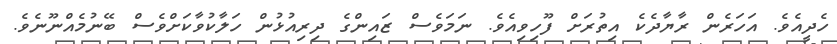
ހެދީއެވެ. އަހަރެން ރާޔާދެކެ އިތުރަށް ފޫހިވިއެވެ. ނަމަވެސް ޒައިންގެ ދިރިއުޅުން ހަލާކުވާކަށްވެސް ބޭނުމެއްނޫނެވެ.